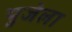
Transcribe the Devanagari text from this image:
पुजेला